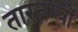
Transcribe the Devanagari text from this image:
तारतम्यों